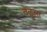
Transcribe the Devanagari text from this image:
वेळूला